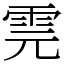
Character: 䨌